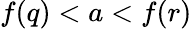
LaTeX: f(q)<a<f(r)